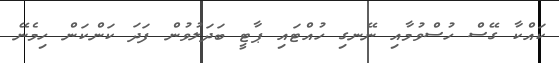
ކައްކާ ގޭސް ހުސްވުމާއި ނޭނގި ހުއްޓައި ޕާޓީ ބަދަލުވުން ފަދަ ކަންކަން ހިމެނޭ